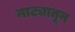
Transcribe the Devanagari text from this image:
नाट्यातून